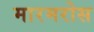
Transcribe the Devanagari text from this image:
मारमरोस